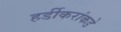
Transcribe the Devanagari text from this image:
हर्डीकरांकडे